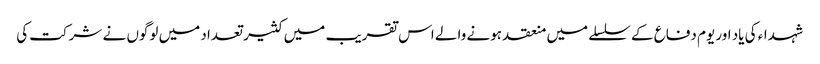
شہداء کی یاد اور یوم دفاع کے سلسلے میں منعقد ہونے والے اس تقریب میں کثیر تعداد میں لوگوں نے شرکت کی